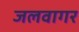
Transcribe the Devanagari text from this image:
जलवागर